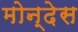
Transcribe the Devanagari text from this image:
मोन्देस